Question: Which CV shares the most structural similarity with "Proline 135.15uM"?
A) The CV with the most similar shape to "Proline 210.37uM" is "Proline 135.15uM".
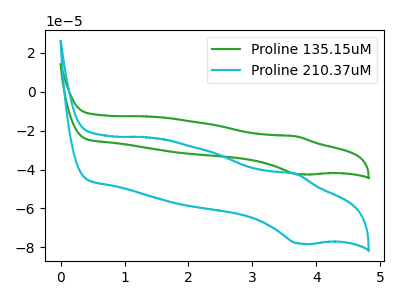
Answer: <think>The green curve "Proline 135.15uM" has an anodic peak at (3.70V, -22.95uA) and a cathodic peak at (3.75V, -42.35uA). The cyan curve "Proline 210.37uM" has an anodic peak at (3.70V, -42.25uA) and a cathodic peak at (3.75V, -77.95uA).
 All the peaks in "Proline 135.15uM" have a peak in "Proline 210.37uM" at the same potential.</think>
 <answer>A) The CV with the most similar shape to "Proline 210.37uM" is "Proline 135.15uM".</answer>
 <eval>A</eval>